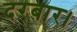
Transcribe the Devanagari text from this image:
दरबार।